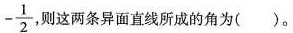
- \frac { 1 } { 2 }$$ 则这两条异面直线所成的角为()。